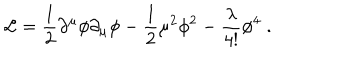
{ \cal L } = { \frac { 1 } { 2 } } \partial ^ { \mu } \phi \partial _ { \mu } \phi - { \frac { 1 } { 2 } } \mu ^ { 2 } \phi ^ { 2 } - { \frac { \lambda } { 4 ! } } \phi ^ { 4 } \; .